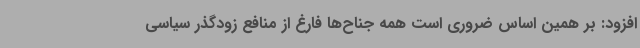
افزود: بر همین اساس ضروری است همه جناح‌ها فارغ از منافع زودگذر سیاسی